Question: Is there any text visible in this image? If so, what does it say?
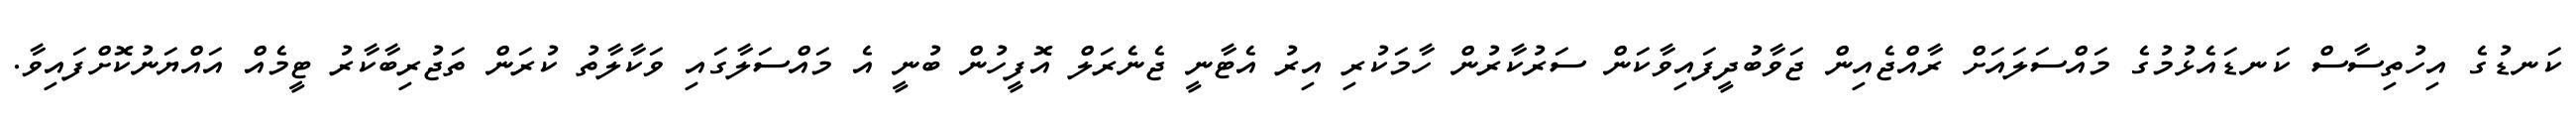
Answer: ކަނޑުގެ އިހުތިސާސް ކަނޑައެޅުމުގެ މައްސަލައަށް ރާއްޖެއިން ޖަވާބުދީފައިވާކަން ސަރުކާރުން ހާމަކުރި އިރު އެޓާނީ ޖެނެރަލް އޮފީހުން ބުނީ އެ މައްސަލާގައި ވަކާލާތު ކުރަން ތަޖުރިބާކާރު ޓީމެއް އައްޔަނުކޮށްފައިވާ.